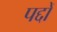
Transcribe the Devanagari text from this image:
पद्दों